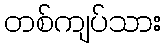
တစ်ကျပ်သား